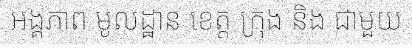
អង្គភាព មូលដ្ឋាន ខេត្ត ក្រុង និង ជាមួយ